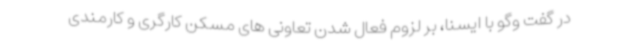
در گفت وگو با ایسنا، بر لزوم فعال شدن تعاونی های مسکن کارگری و کارمندی